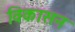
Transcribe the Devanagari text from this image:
विकासन